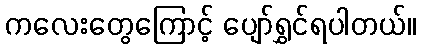
ကလေးတွေကြောင့် ပျော်ရွှင်ရပါတယ်။